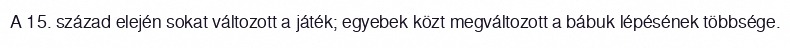
A 15. század elején sokat változott a játék; egyebek közt megváltozott a bábuk lépésének többsége.